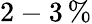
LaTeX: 2-3\, \%